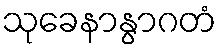
သုခေနာနွာဂတံ